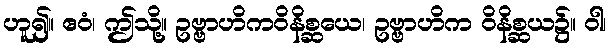
ဟူ၍။ ဧဝံ၊ ဤသို့။ ဥဗ္ဗာဟိကဝိနိစ္ဆယေ၊ ဥဗ္ဗာဟိက ဝိနိစ္ဆယ၌။ ဝါ၊